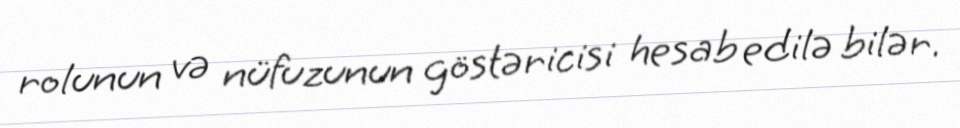
rolunun və nüfuzunun göstəricisi hesab edilə bilər.